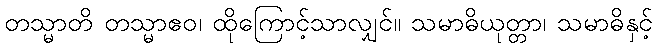
တသ္မာတိ တသ္မာဧဝ၊ ထိုကြောင့်သာလျှင်။ သမာဓိယုတ္တာ၊ သမာဓိနှင့်